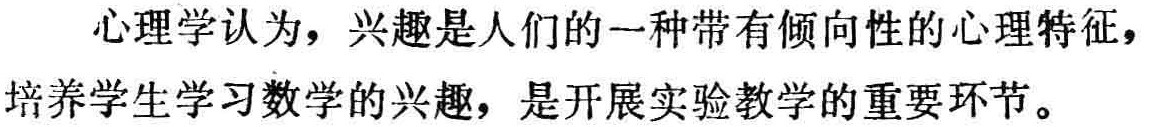
心理学认为，兴趣是人们的一种带有倾向性的心理特征，培养学生学习数学的兴趣，是开展实验教学的重要环节。